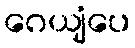
ဂေယျံပေ